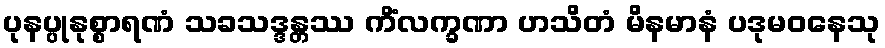
ပုနပ္ပုနုစ္စာရဏံ သခသဒ္ဒန္တဿ ကိံလက္ခဏာ ဟသိတံ မိနမာနံ ပဒုမဝနေသု